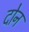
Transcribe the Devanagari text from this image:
दोेन